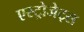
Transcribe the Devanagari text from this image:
एस्‍ट्रोजेट्स